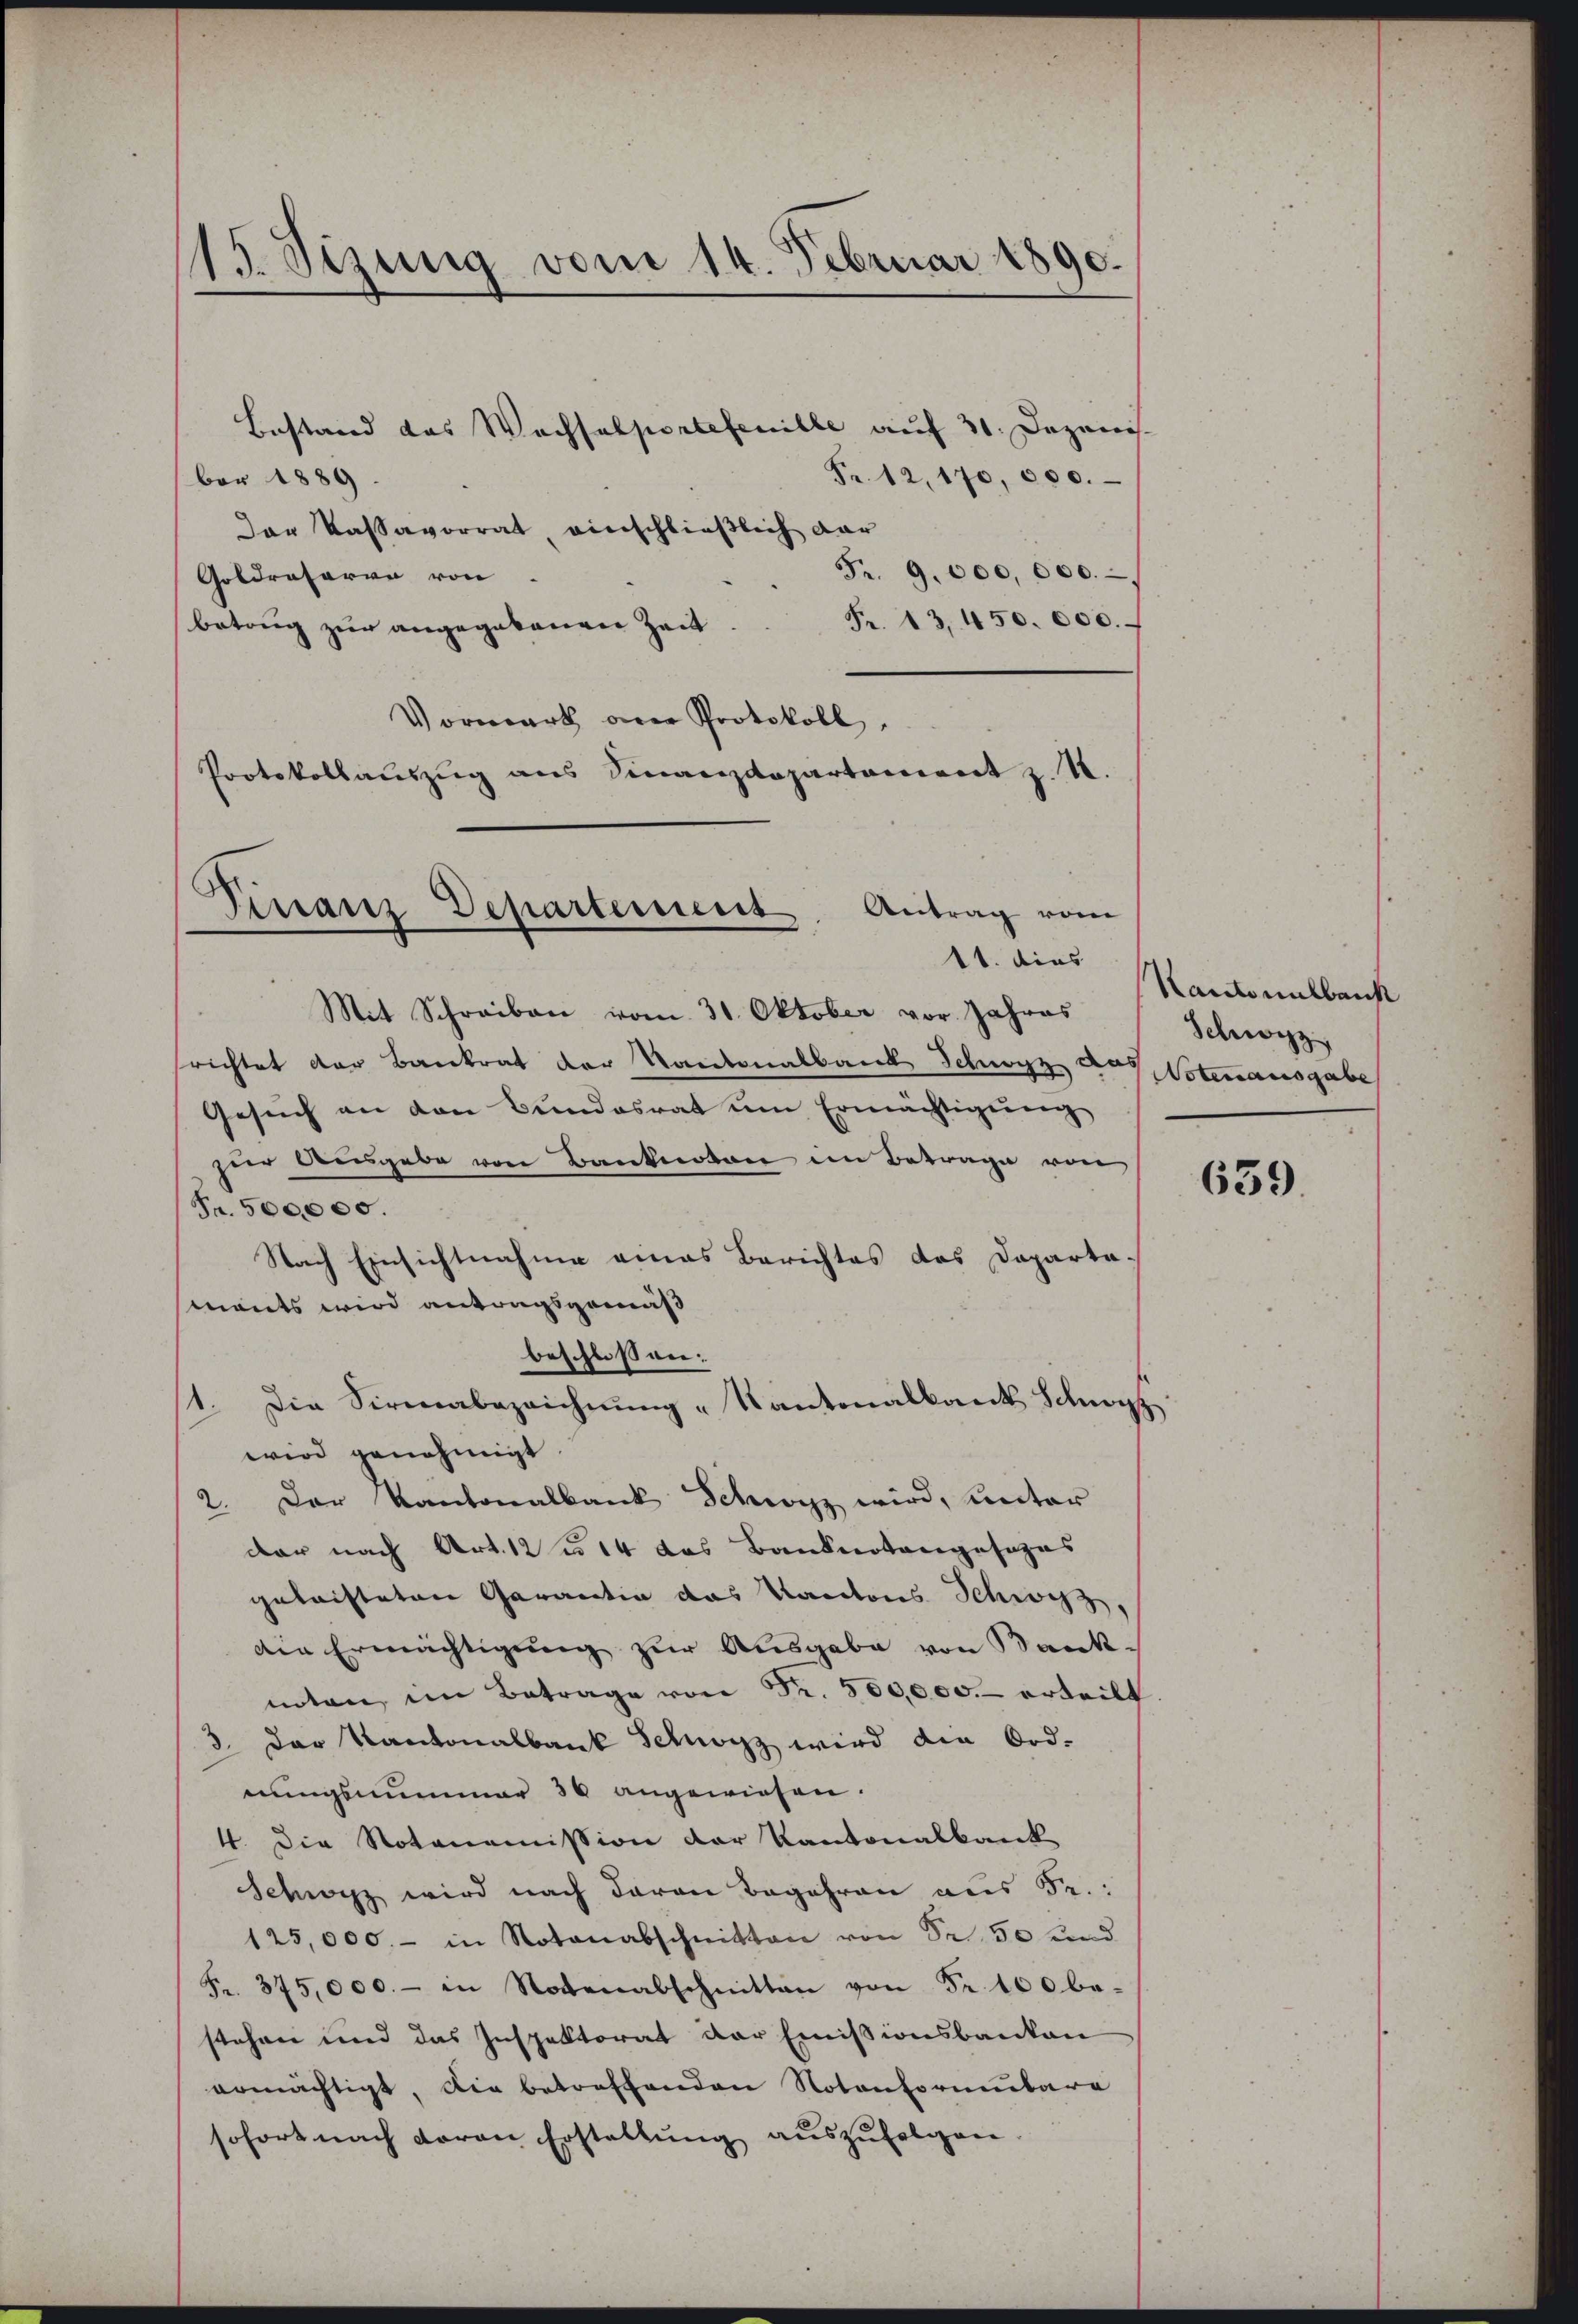
115. Sizung vom 14. Februar 1890.

Bestand das Wechselportefenille auf 31. Dezenis.
ber 1889
Fr. 12, 170,000.
Der Kassavorrat, einschließlich dar
Fr. 9. 000,000.
Geldratoren von
Fr. 13,450. 000.
betrug zur angegebenen Zeit
Vormark an Protokoll,
Protokollaŭszŭg ans Finanzdepartament z. B.
Mit Schreiben vom 31. Oktober vor. Jahres
srichtet der Bankrat der Kantonalbank Schwyz des Votenausgabe
Gesŭch an den Bundesrat um Ermächtigŭng
zur Ausgabe von Banknoten im Betrage von
Fr. 500,000.
Nach Einsichtnahme eines Berichtes das Daparta
mants wird antragsgemäß
beschlossen:
1. Die Sirnabezeichnung „Kantonalkant Schwyz,
wird genehmigt.
2. Der Kantonalbank Schwyz wird, unter
dar nach Art. 12 n 14 das Banknotengesezes
geleisteten Garantia das Kantons Schwyz,
die Ermächtigung zur Ausgabe von Bank-
mten im Betrage von Fr. 500,000.- erteilt
3. Der Kantonalbank Schwarz wird die Ord-
nungsnummer 30 angewiesen.
4. Die Notonomission der Kantonalbank
Schwyz wird nach daran Begehren aus Fr.
125,000.- in Notenabschnitten von Sr. 50 und
Fr. 375,000.- in Notenabschnitten von Fr. 100 be-
stehen und das Inspektorat der Emissionsbanken
ermächtigt, die betreffenden Notonformulare
sofort nach daran Erstellŭng aŭszŭfolgen.

Finanz Departement. Antrag vom
11. dies

Kantonalbank
Schwyz,

639.